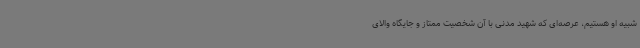
شبیه او هستیم، عرصه‌ای که شهید مدنی با آن شخصیت ممتاز و جایگاه والای